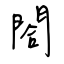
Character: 閤